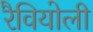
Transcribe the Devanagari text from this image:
रैवियोली